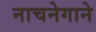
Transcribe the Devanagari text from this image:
नाचनेगाने